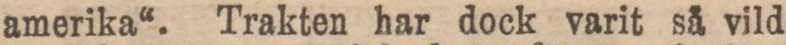
amerika“. Trakten har dock varit så vild